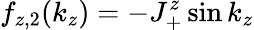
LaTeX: f_{z,2}(k_{z})=-J_{+}^{z}\sin k_{z}